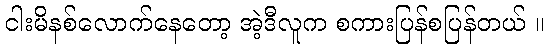
ငါးမိနစ်လောက်နေတော့ အဲ့ဒီလူက စကားပြန်စပြန်တယ် ။